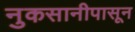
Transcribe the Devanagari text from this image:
नुकसानीपासून